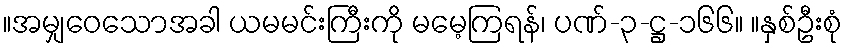
။အမျှဝေသောအခါ ယမမင်းကြီးကို မမေ့ကြရန်၊ ပဏ်-၃-ဋ္ဌ-၁၆၆။ ။နှစ်ဦးစုံ